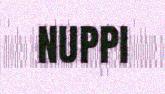
NUPPI